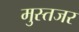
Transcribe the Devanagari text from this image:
मुस्तजर